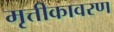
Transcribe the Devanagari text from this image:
मृत्तीकावरण